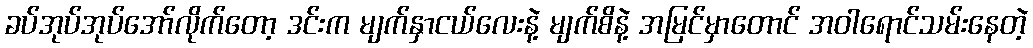
ခပ်အုပ်အုပ်အော်လိုက်တော့ ဒင်းက မျက်နှာငယ်လေးနဲ့ မျက်စိနဲ့ အမြင်မှာတောင် အဝါရောင်သမ်းနေတဲ့